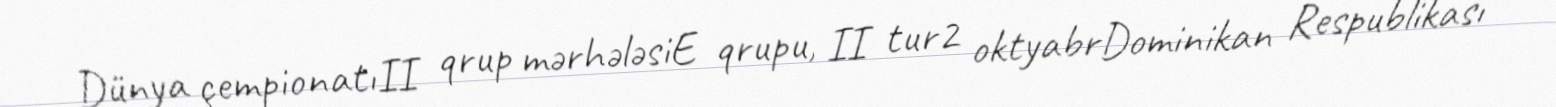
Dünya çempionatıII qrup mərhələsiE qrupu, II tur2 oktyabrDominikan Respublikası